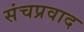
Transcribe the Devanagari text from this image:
संचप्रवाद